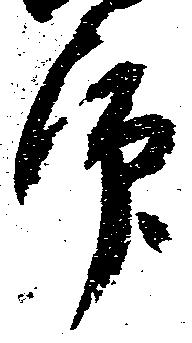
師